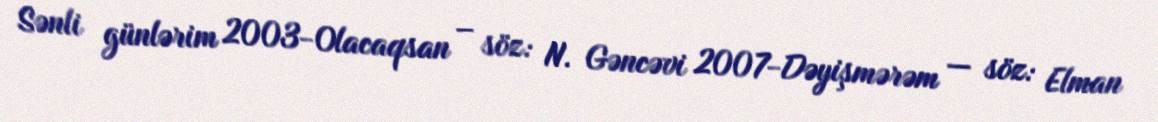
Sənli günlərim 2003-Olacaqsan – söz: N. Gəncəvi 2007-Dəyişmərəm — söz: Elman